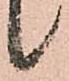
候